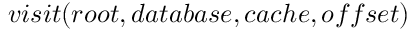
v i s i t ( r o o t , d a t a b a s e , c a c h e , o f f s e t )